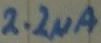
Text: 2.2µA